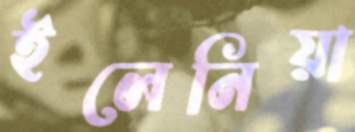
ইলেনিয়া